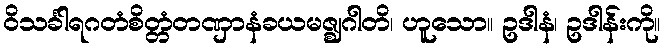
ဝိသင်္ခါရဂတံစိတ္တံတဏှာနံခယမဇ္ဈဂါတိ၊ ဟူသော။ ဥဒါနံ၊ ဥဒါန်းကို။